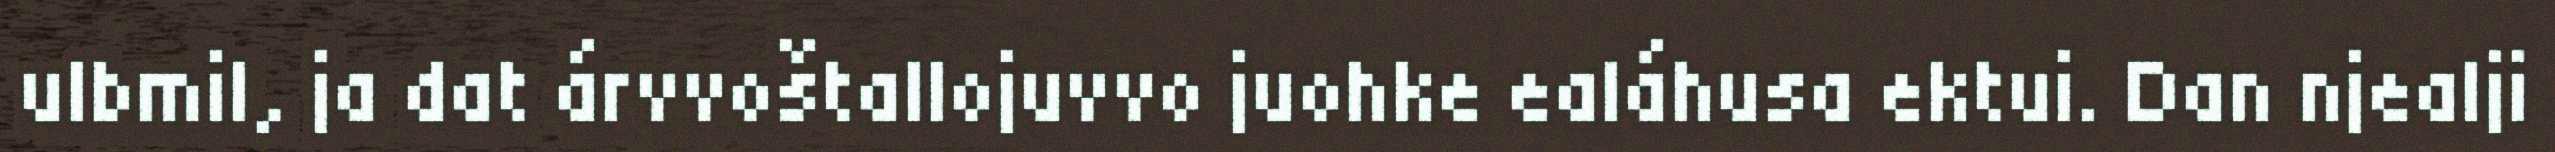
ulbmil, ja dat árvvoštallojuvvo juohke ealáhusa ektui. Dan njealji